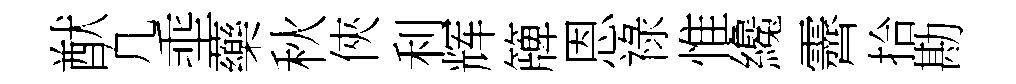
猷凢埀藥秋俠利辉簰恩祿惟纔霽拾勘